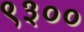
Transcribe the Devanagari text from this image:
९३००